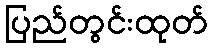
ပြည်တွင်းထုတ်